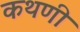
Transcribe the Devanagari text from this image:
कथणी